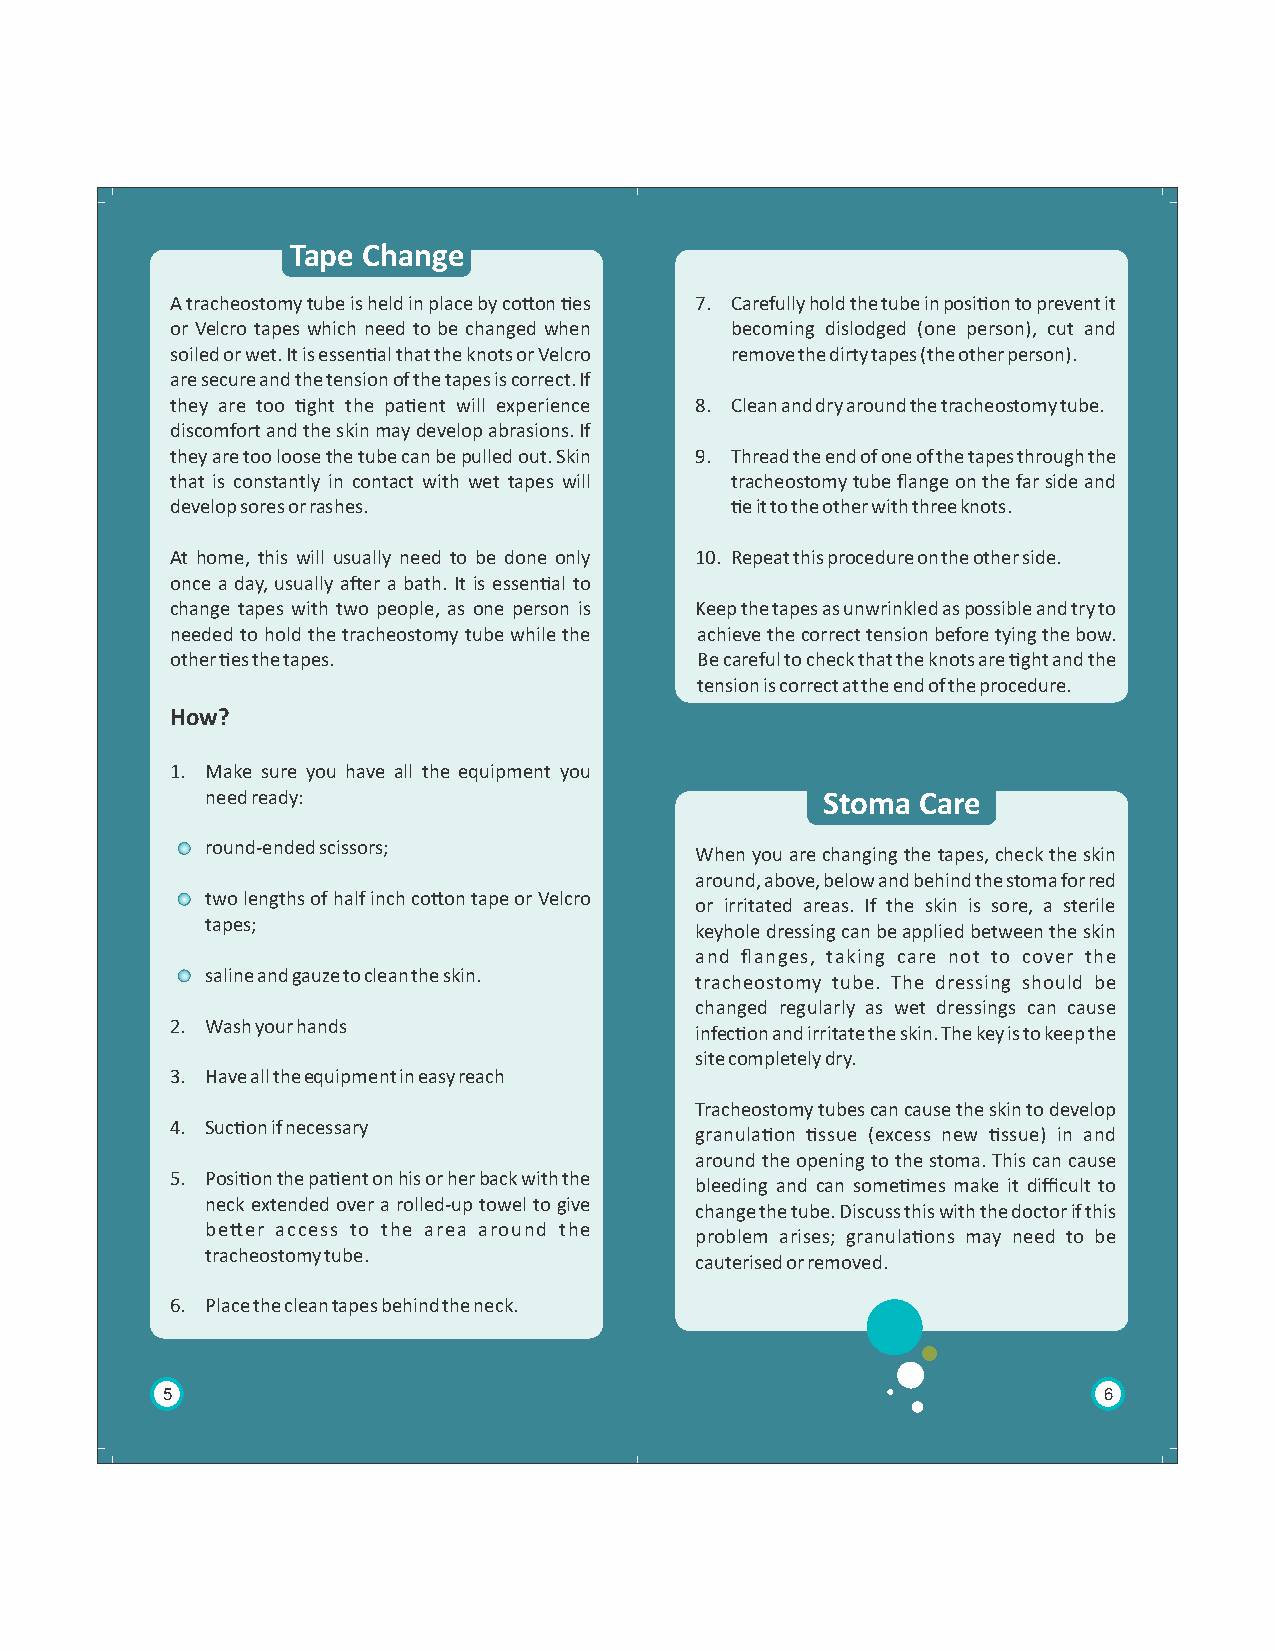
Tape Change
 A tracheostomy tube is held in place by coon es 7. Carefully hold the tube in posion to prevent it
 or Velcro tapes which need to be changed when becoming dislodged (one person), cut and
 soiled or wet. It is essenal that the knots or Velcro remove the dirty tapes (the other person).
 are secure and the tension of the tapes is correct. If
 they are too ght the paent will experience 8. Clean and dry around the tracheostomy tube.
 discomfort and the skin may develop abrasions. If
 they are too loose the tube can be pulled out. Skin 9. Thread the end of one of the tapes through the
 that is constantly in contact with wet tapes will tracheostomy tube flange on the far side and
 develop sores or rashes.             e it to the other with three knots.
 At home, this will usually need to be done only 10. Repeat this procedure on the other side.
 once a day, usually aer a bath. It is essenal to
 change tapes with two people, as one person is Keep the tapes as unwrinkled as possible and try to
 needed to hold the tracheostomy tube while the achieve the correct tension before tying the bow.
 other es the tapes.               Be careful to check that the knots are ght and the
 tension is correct at the end of the procedure.
 How?
 1. Make sure you have all the equipment you
 need ready:                             Stoma  Care
 round-ended scissors;
 When you are changing the tapes, check the skin
 around, above, below and behind the stoma for red
 two lengths of half inch coon tape or Velcro
 or irritated areas. If the skin is sore, a sterile
 tapes;
 keyhole dressing can be applied between the skin
 and flanges, taking care not to cover the
 saline and gauze to clean the skin.
 tracheostomy tube. The dressing should be
 changed regularly as wet dressings can cause
 2. Wash your hands
 infecon and irritate the skin. The key is to keep the
 site completely dry.
 3. Have all the equipment in easy reach
 Tracheostomy tubes can cause the skin to develop
 4. Sucon if necessary
 granulaon ssue (excess new ssue) in and
 around the opening to the stoma. This can cause
 5. Posion the paent on his or her back with the
 bleeding and can somemes make it difficult to
 neck extended over a rolled-up towel to give
 change the tube. Discuss this with the doctor if this
 beer access to the area around the
 problem arises; granulaons may need to be
 tracheostomy tube.
 cauterised or removed.
 6. Place the clean tapes behind the neck.
 5                                                             6